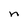
Character: n